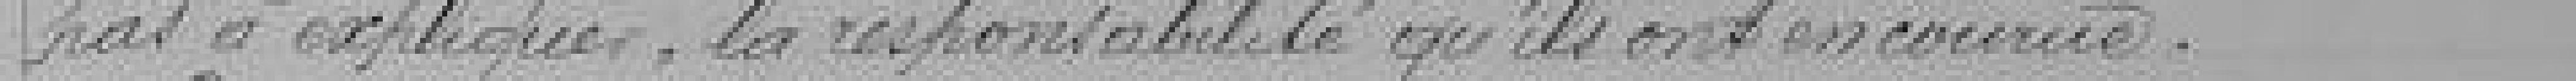
pas à expliquer, la responsabilité qu'ils ont encourus